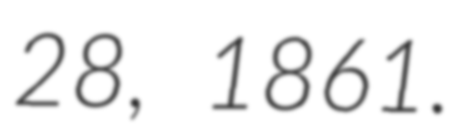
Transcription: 28, 1861.